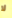
لا